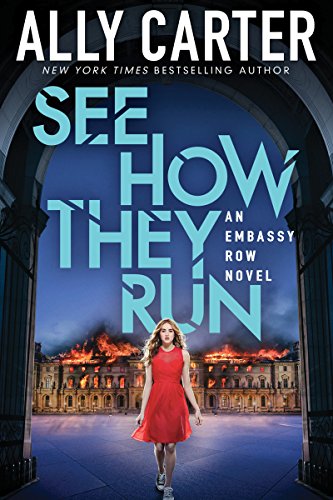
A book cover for See How They Run (Embassy Row, Book 2); Ally Carter; Teen & Young Adult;